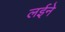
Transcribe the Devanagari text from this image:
लईने